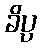
ခိပ္ပ